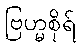
ဗြဟ္မစိုရ်